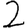
Digit: 2